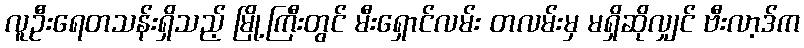
လူဦးရေတသန်းရှိသည့် မြို့ကြီးတွင် မီးရှောင်လမ်း တလမ်းမှ မရှိဆိုလျှင် ဗီးလာ့ဒ်က